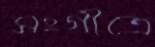
সংগীত্রে